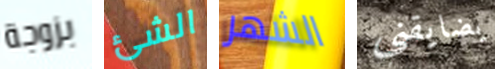
بزوجة الشئ الشهر يضايقني